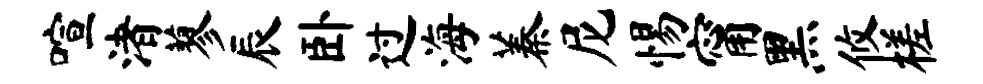
喧渚蓼辰卧过海蓁尼惕甯黑攸槎